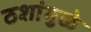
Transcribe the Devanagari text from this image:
ठशांमुळे